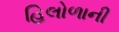
હિલોળાની